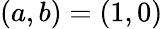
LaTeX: (a,b)=(1,0)